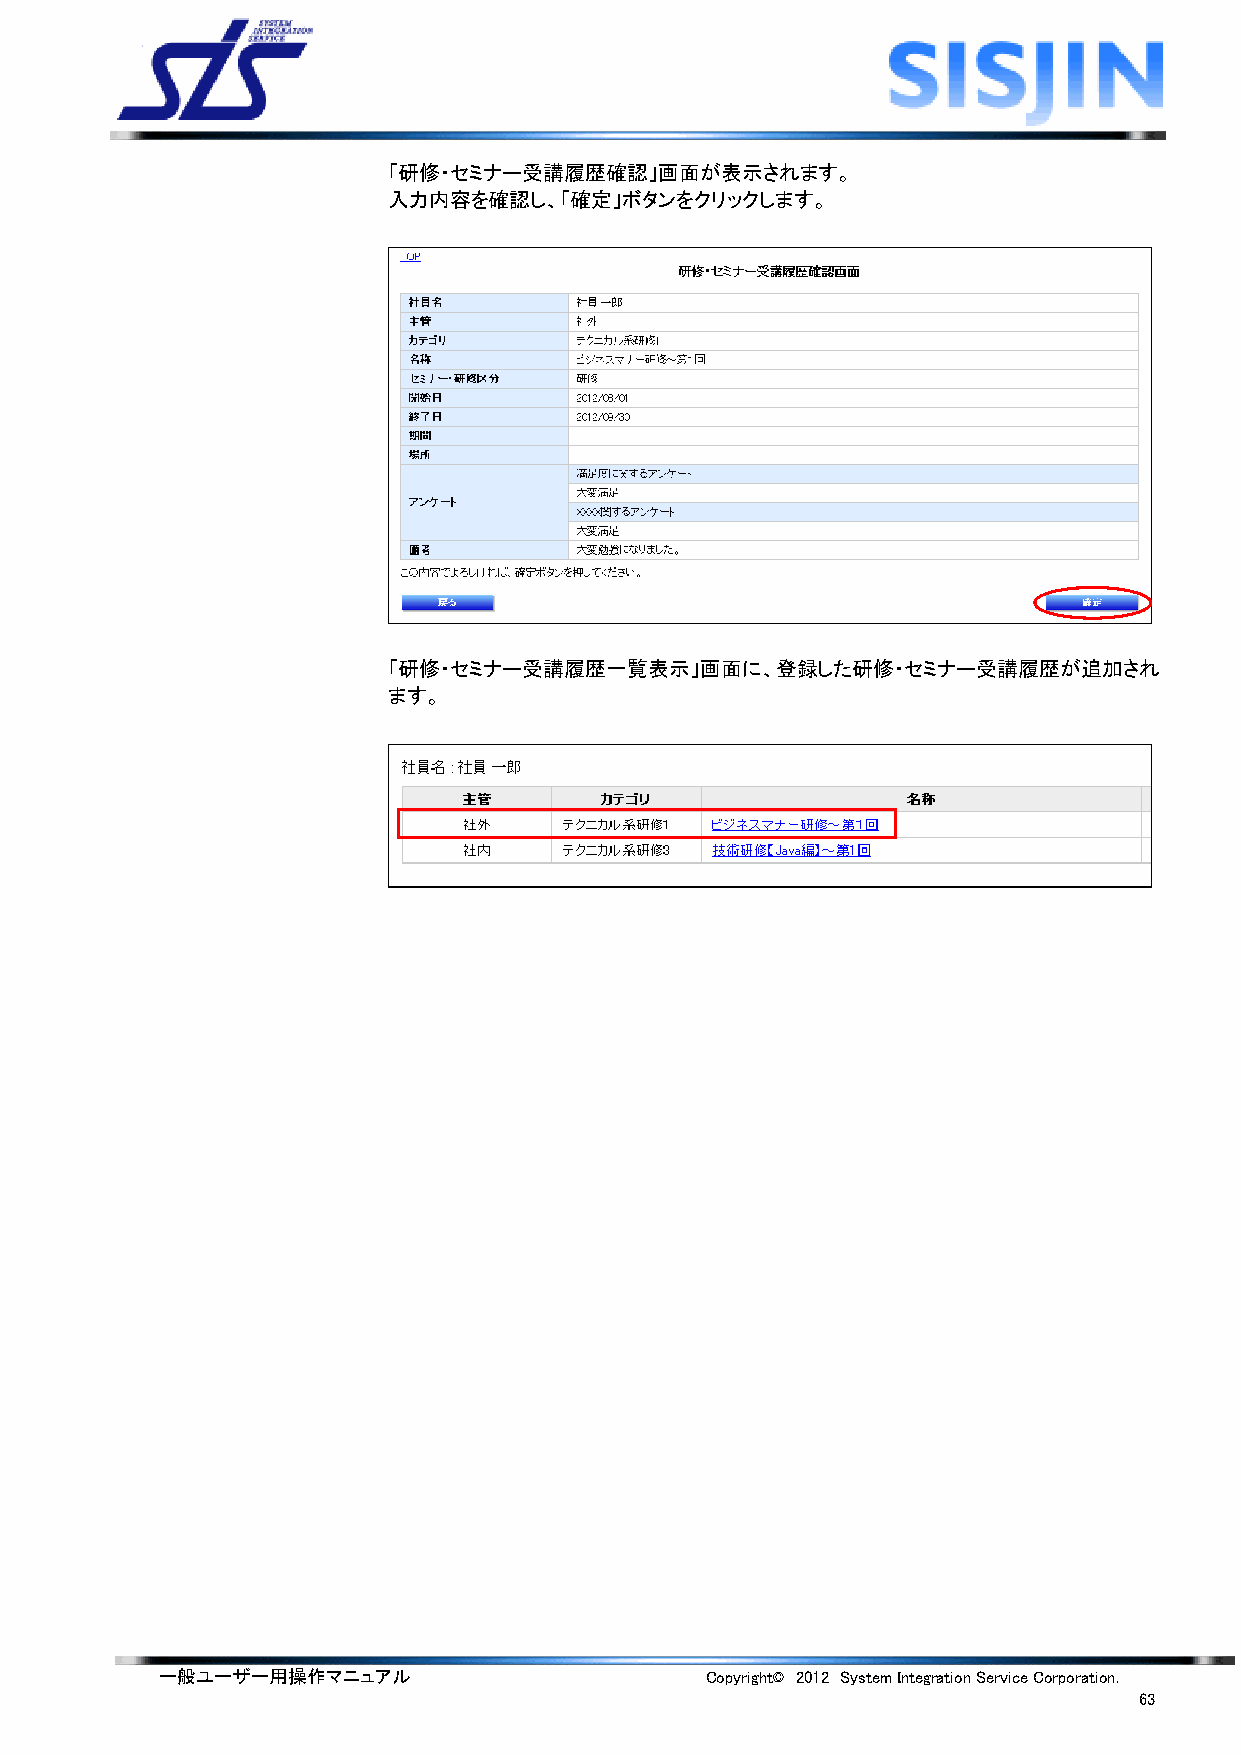
「研修・セミナー受講履歴確認」画面が表示されます。
 入力内容を確認し、「確定」ボタンをクリックします。
 「研修・セミナー受講履歴一覧表示」画面に、登録した研修・セミナー受講履歴が追加され
 ます。
 一般ユーザー用操作マニュアル                      Copyright© 2012 System Integration Service Corporation.
 63